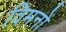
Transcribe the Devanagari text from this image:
विमनों